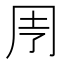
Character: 𠄗